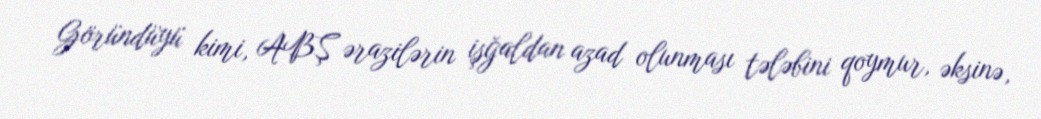
Göründüyü kimi, ABŞ ərazilərin işğaldan azad olunması tələbini qoymur, əksinə,